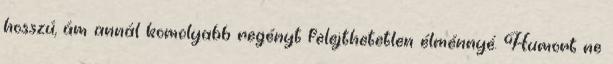
hosszú, ám annál komolyabb regényt felejthetetlen élménnyé. Humort ne